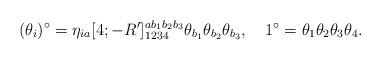
\begin{align*}(\theta_{i})^\circ=\eta_{ia}[4;-R']^{ab_1b_2b_3}_{1234}\theta_{b_1}\theta_{b_2}\theta_{b_3},\quad 1^\circ=\theta_1\theta_2\theta_3\theta_4.\end{align*}